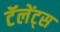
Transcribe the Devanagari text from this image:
टॅलेंट्स